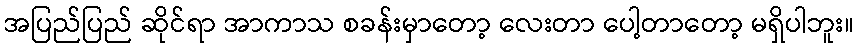
အပြည်ပြည် ဆိုင်ရာ အာကာသ စခန်းမှာတော့ လေးတာ ပေါ့တာတော့ မရှိပါဘူး။